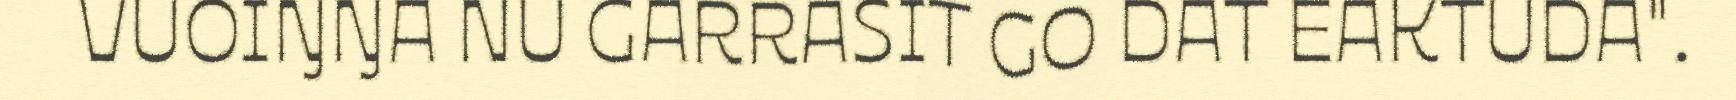
VUOIŊŊA NU GARRASIT GO DAT EAKTUDA".